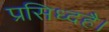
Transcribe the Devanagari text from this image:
प्रसिध्दहै।